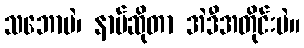
သဘောပဲ၊ နာမ်ဆိုတာ အဲဒီအတိုင်းပဲ။